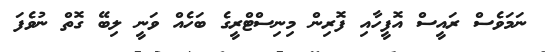
ނަމަވެސް ރައީސް އޮފީހާއި ފޮރިން މިނިސްޓްރީގެ ބަހެއް ވަނީ ލިބޭ ގޮތް ނުވެފަ